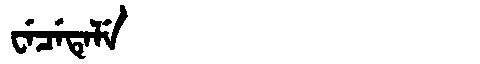
Manchu: ᠸᡝᠴᡝᡨᡝᠯᡝ
Romanization: WECETELE